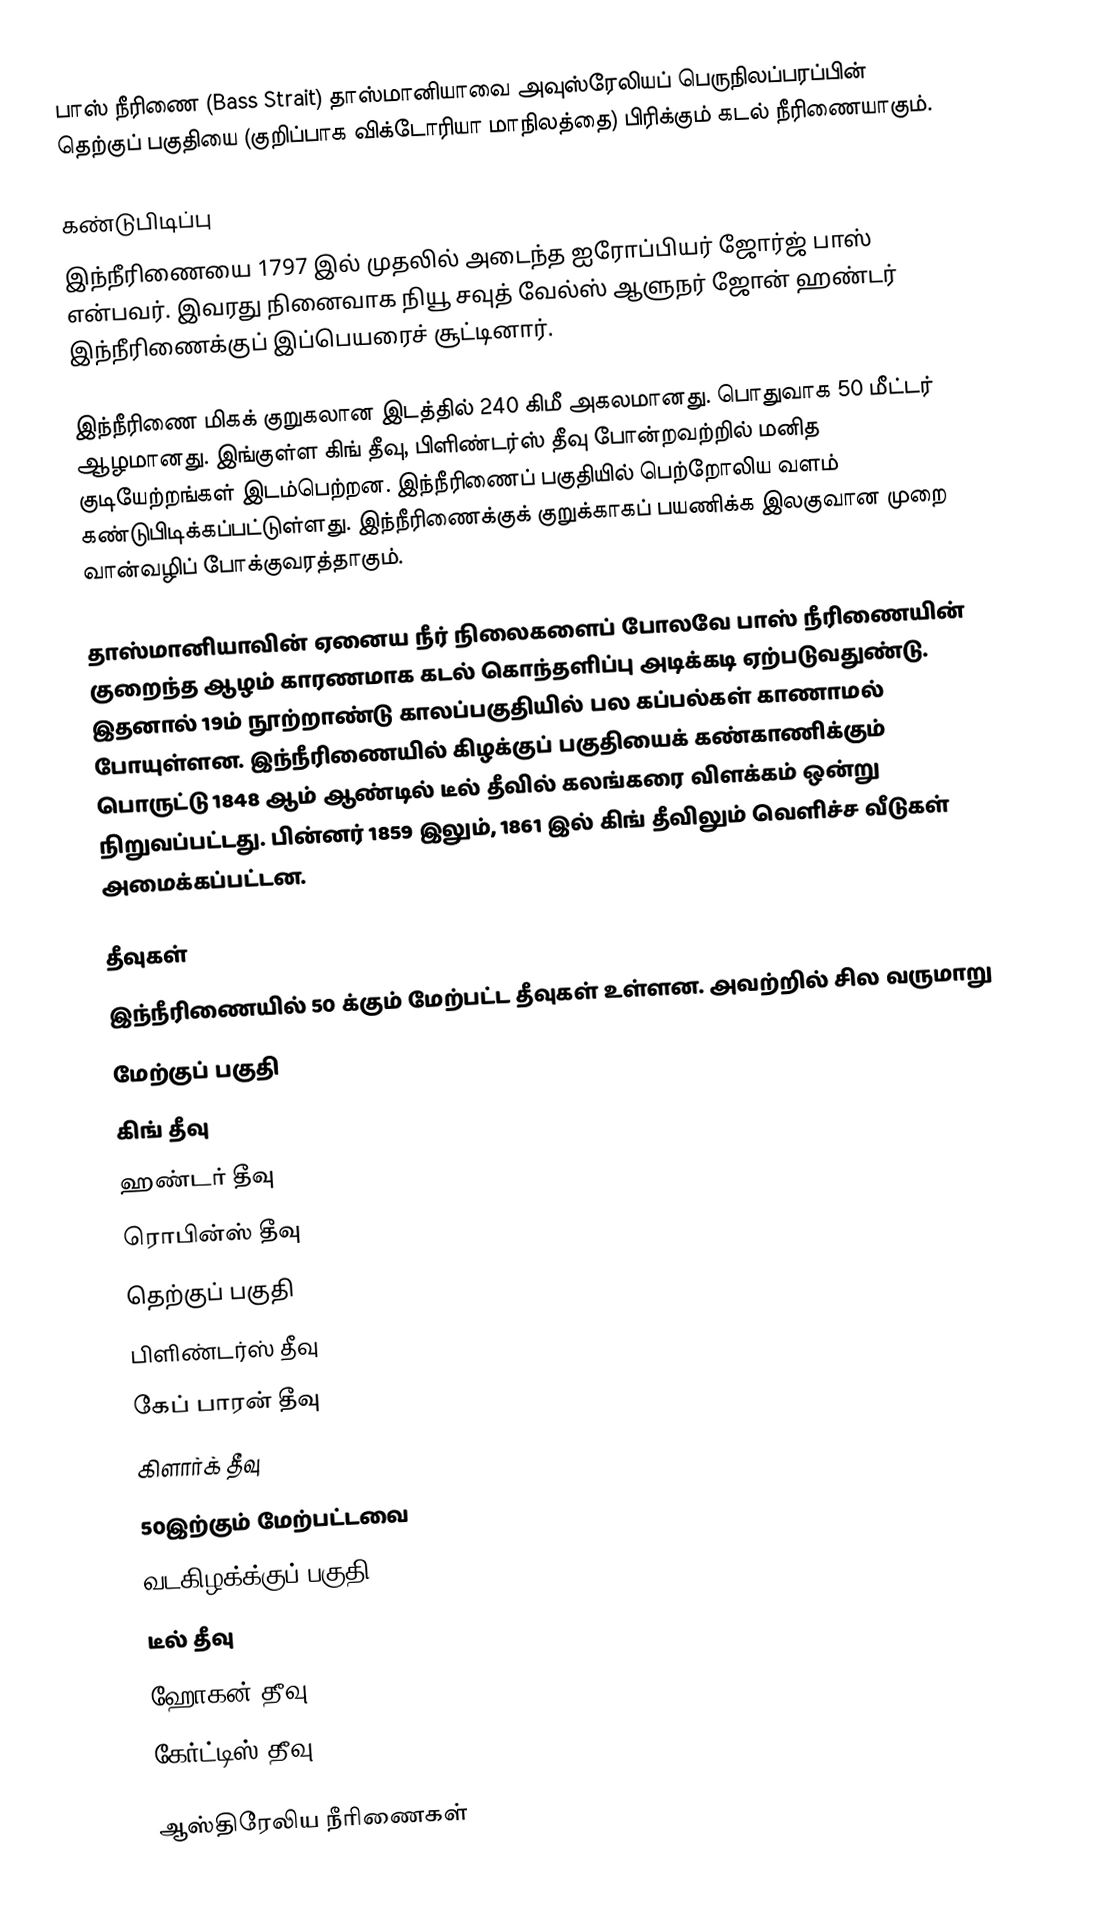
பாஸ் நீரிணை (Bass Strait) தாஸ்மானியாவை அவுஸ்ரேலியப் பெருநிலப்பரப்பின் தெற்குப் பகுதியை (குறிப்பாக விக்டோரியா மாநிலத்தை) பிரிக்கும் கடல் நீரிணையாகும்.

கண்டுபிடிப்பு
இந்நீரிணையை 1797 இல் முதலில் அடைந்த ஐரோப்பியர் ஜோர்ஜ் பாஸ் என்பவர். இவரது நினைவாக நியூ சவுத் வேல்ஸ் ஆளுநர் ஜோன் ஹண்டர் இந்நீரிணைக்குப் இப்பெயரைச் சூட்டினார்.

இந்நீரிணை மிகக் குறுகலான இடத்தில் 240 கிமீ அகலமானது. பொதுவாக 50 மீட்டர் ஆழமானது. இங்குள்ள கிங் தீவு, பிளிண்டர்ஸ் தீவு போன்றவற்றில் மனித குடியேற்றங்கள் இடம்பெற்றன. இந்நீரிணைப் பகுதியில் பெற்றோலிய வளம் கண்டுபிடிக்கப்பட்டுள்ளது. இந்நீரிணைக்குக் குறுக்காகப் பயணிக்க இலகுவான முறை வான்வழிப் போக்குவரத்தாகும்.

தாஸ்மானியாவின் ஏனைய நீர் நிலைகளைப் போலவே பாஸ் நீரிணையின் குறைந்த ஆழம் காரணமாக கடல் கொந்தளிப்பு அடிக்கடி ஏற்படுவதுண்டு. இதனால் 19ம் நூற்றாண்டு காலப்பகுதியில் பல கப்பல்கள் காணாமல் போயுள்ளன. இந்நீரிணையில் கிழக்குப் பகுதியைக் கண்காணிக்கும் பொருட்டு 1848 ஆம் ஆண்டில் டீல் தீவில் கலங்கரை விளக்கம் ஒன்று நிறுவப்பட்டது. பின்னர் 1859 இலும், 1861 இல் கிங் தீவிலும் வெளிச்ச வீடுகள் அமைக்கப்பட்டன.

தீவுகள்
இந்நீரிணையில் 50 க்கும் மேற்பட்ட தீவுகள் உள்ளன. அவற்றில் சில வருமாறு
 மேற்குப் பகுதி
 கிங் தீவு
 ஹண்டர் தீவு
 ரொபின்ஸ் தீவு
 தெற்குப் பகுதி
 பிளிண்டர்ஸ் தீவு
 கேப் பாரன் தீவு
 கிளார்க் தீவு
 50இற்கும் மேற்பட்டவை
 வடகிழக்க்குப் பகுதி
 டீல் தீவு
 ஹோகன் தீவு
 கேர்ட்டிஸ் தீவு

ஆஸ்திரேலிய நீரிணைகள்